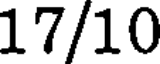
17/10